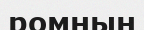
ромның